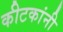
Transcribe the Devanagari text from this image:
कीटकांनी